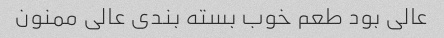
عالی بود طعم خوب بسته بندی عالی ممنون